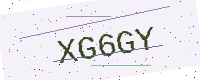
Text: XG6GY